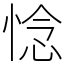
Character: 惗